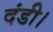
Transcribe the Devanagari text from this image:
दंडी।